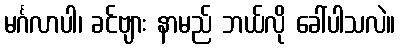
မင်္ဂလာပါ၊ ခင်ဗျား နာမည် ဘယ်လို ခေါ်ပါသလဲ။